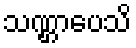
သဏ္ဌာပေသိ